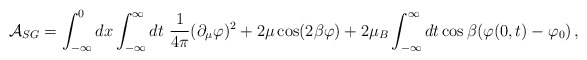
\begin{align*}\mathcal{A}_{SG}=\int_{-\infty}^{0}dx \int_{-\infty}^{\infty}dt~\frac{1}{4\pi}(\partial_{\mu}\varphi)^2+2\mu \cos (2\beta \varphi)+2\mu_{B}\int_{-\infty}^{\infty}dt \cos \beta(\varphi(0,t)-\varphi_{0})\,,\end{align*}